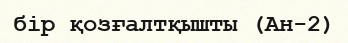
бір қозғалтқышты (Ан-2)